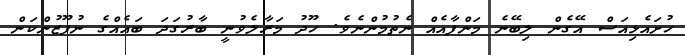
ހުށައެޅިއަސް އޭގެން ލިބޭނެ މަންފާއެއް ނެތުމުންނެވެ. ހޫދު މަރާލެވުނީ ބާރުގަދަ ބައެއްގެ ނުފޫޒުންކަން